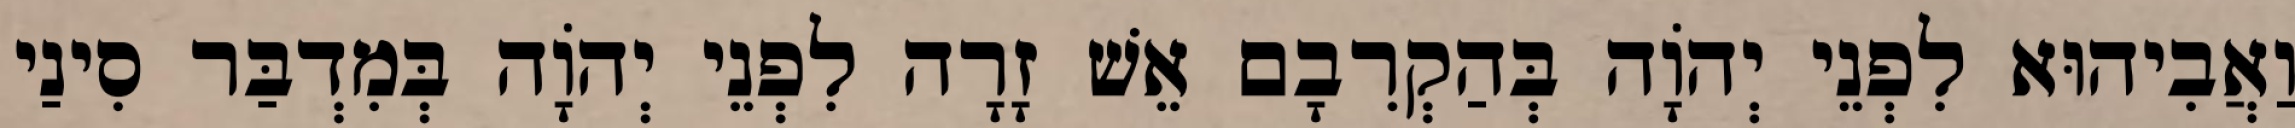
וַאֲבִיהוּא לִפְנֵי יְהֹוָה בְּהַקְרִבָם אֵשׁ זָרָה לִפְנֵי יְהוָֹה בְּמִדְבַּר סִינַי